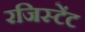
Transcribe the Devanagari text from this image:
रजिस्टेंट